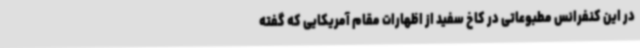
در این کنفرانس مطبوعاتی در کاخ سفید از اظهارات مقام آمریکایی که گفته